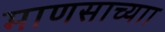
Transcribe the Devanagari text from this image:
माणसाच्याा